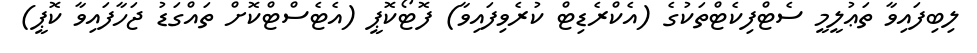
ލިބިފައިވާ ތަޢުލީމީ ސެޓްފިކެޓްތަކުގެ (އެކްރެޑިޓް ކުރެވިފައިވާ) ފޮޓޯކޮޕީ (އެޓެސްޓްކޮށް ތައްގަޑު ޖަހާފައިވާ ކޮޕީ)